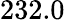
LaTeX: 232.0